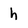
Character: h